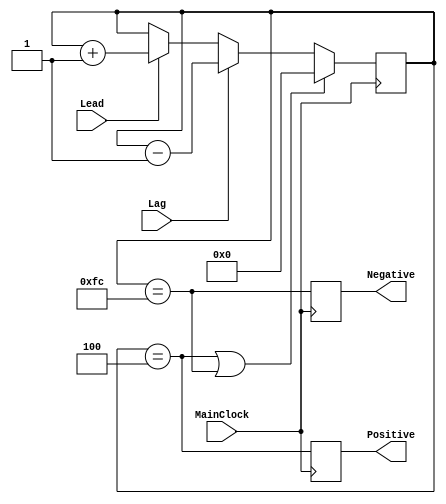

/* Random Walk Filter with reset value of 0*/
module randomwalkfilter(MainClock, Lead, Lag, Positive, Negative);
 input  MainClock, Lead, Lag;    // System Clock and Phase Comparator signals
 output Positive, Negative;      // "positive shift" and "negative shift" outputs

/* some parametere are accessible from outside */
parameter FilterLength      = 8;
parameter FilterResetValue  = 4;
parameter FilterMaxValue    = FilterResetValue;
parameter FilterMinValue    = 256 - FilterResetValue;

/* reversive counter */ 
reg [FilterLength-1 : 0] FilterCounter;

/* calculation of output pulses synchrinized with MainClock */
always @(posedge MainClock)
 begin
  if((FilterCounter == FilterMaxValue) || (FilterCounter == FilterMinValue))
    FilterCounter <= 0;
    else
     begin
      if(Lead) FilterCounter <= FilterCounter + 1;
      if(Lag)  FilterCounter <= FilterCounter - 1;
     end
 end

/* making "Lead" and "Lag" signals when  */
/* counter reached max or min levels     */
reg Positive, Negative;
always @(posedge MainClock)
 begin
  Positive <= (FilterCounter == FilterMaxValue);
  Negative <= (FilterCounter == FilterMinValue);
 end

endmodule